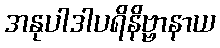
အနုပါဒါပရိနိဗ္ဗာနာယ